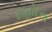
દાહોદના